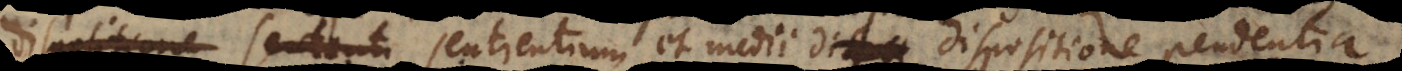
esse ex sentientium et medii dispositione pendentia